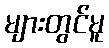
များတွင်မူ